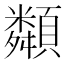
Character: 𩕔